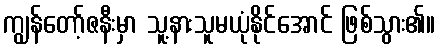
ကျွန်တော့်ဇနီးမှာ သူ့နားသူမယုံနိုင်အောင် ဖြစ်သွား၏။